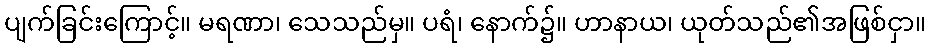
ပျက်ခြင်းကြောင့်။ မရဏာ၊ သေသည်မှ။ ပရံ၊ နောက်၌။ ဟာနာယ၊ ယုတ်သည်၏အဖြစ်ငှာ။